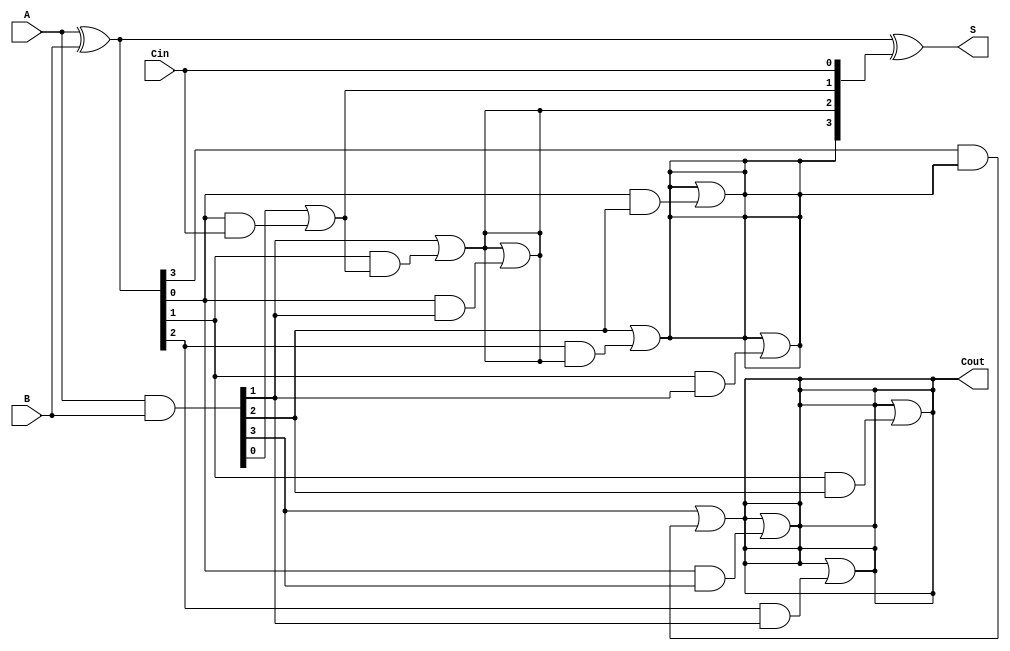
module SklanskyAdder #(parameter n = 4) (
    input  wire [n-1:0] A,
    input  wire [n-1:0] B,
    input  wire Cin,
    output wire [n-1:0] S,
    output wire Cout
);

    // Generate and Propagate signals
    wire [n-1:0] G; // Generate signals
    wire [n-1:0] P; // Propagate signals
    wire [n:0] C;   // Carry signals

    // Generate and Propagate logic
    assign G = A & B;  // G[i] = A[i] & B[i]
    assign P = A ^ B;  // P[i] = A[i] ^ B[i]
    
    // Initialize carry signals
    assign C[0] = Cin;

    // Carry computation (Sklansky tree structure)
    genvar i, j;
    
    // Level 1 carry computation
    generate
        for (i = 1; i <= n; i = i + 1) begin : level1
            assign C[i] = G[i-1] | (P[i-1] & C[i-1]);
        end
    endgenerate

    // Level 2 carry computation
    generate
        for (i = 2; i <= n; i = i + 1) begin : level2
            for (j = 0; j < i-1; j = j + 1) begin : combine
                assign C[i] = C[i] | (P[j] & G[i-j-1]);
            end
        end
    endgenerate

    // Sum calculation
    assign S = P ^ C[n-1:0]; // S[i] = P[i] ^ C[i]

    // Final carry out
    assign Cout = C[n];

endmodule